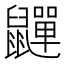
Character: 𮮯